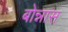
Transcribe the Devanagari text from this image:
बोन्नास